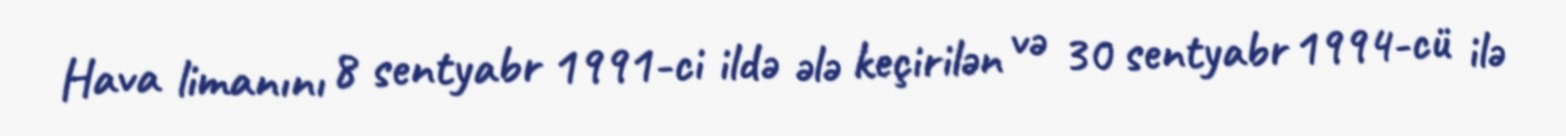
Hava limanını 8 sentyabr 1991-ci ildə ələ keçirilən və 30 sentyabr 1994-cü ilə